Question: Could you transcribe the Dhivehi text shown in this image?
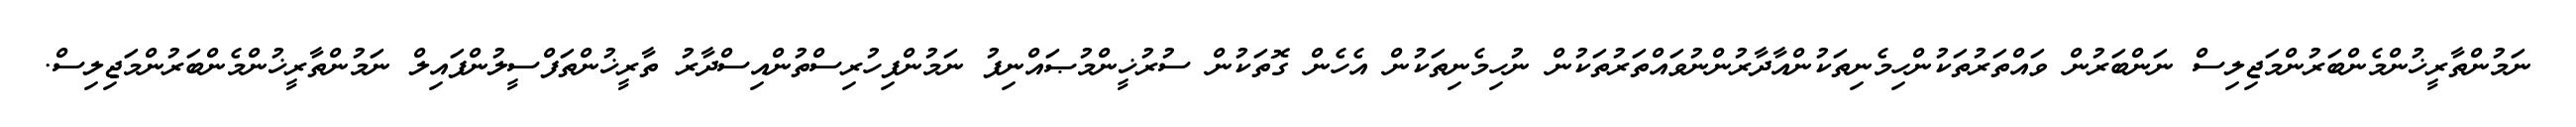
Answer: ނަމުންތާރީޚުންމެންބަރުންމަޖިލިސް ނަންބަރުން ވައްތަރުތަކުންހިމެނިތަކުންއާދާރުންނުވައްތަރުތަކުން ނުހިމެނިތަކުން އެހެން ގޮތަކުން ސުރުޚީންމުޞައްނިފު ނަމުންފިހުރިސްތުންއިސްދާރު ތާރީޚުންތަފްސީލުންފައިލް ނަމުންތާރީޚުންމެންބަރުންމަޖިލިސް.